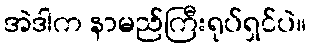
အဲဒါက နာမည်ကြီးရုပ်ရှင်ပဲ။